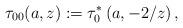
LaTeX: \begin{align*}\tau_{00}(a,z):=\tau^*_0\left(a,-2/z\right),\end{align*}